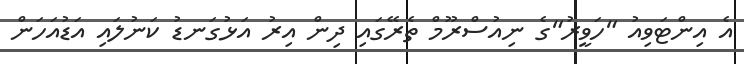
އެ އިންޓަވިއު "ހަވީރު"ގެ ނިއުސްރޫމް ތެރޭގައި ދިން އިރު އަޅުގަނޑު ކަނުލައި އަޑުއަހަން